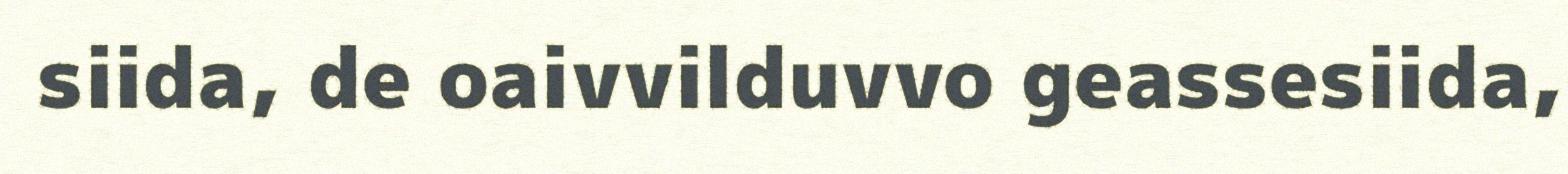
siida, de oaivvilduvvo geassesiida,